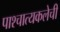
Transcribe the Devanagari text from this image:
पाश्चात्यकलेची